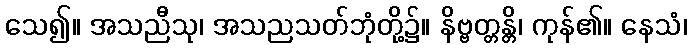
သေ၍။ အသညီသု၊ အသညသတ်ဘုံတို့၌။ နိဗ္ဗတ္တန္တိ၊ ကုန်၏။ နေသံ၊